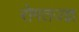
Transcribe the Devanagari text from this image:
रोगतज्ज्ञ